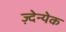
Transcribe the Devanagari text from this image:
ज़्देन्येक